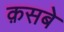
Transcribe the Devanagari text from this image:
क़सबे